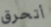
أتحرق